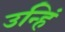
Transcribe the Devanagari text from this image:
उन्हिं